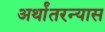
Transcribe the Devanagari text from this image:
अर्थांतरन्यास